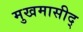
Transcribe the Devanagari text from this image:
मुखमासीद्